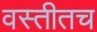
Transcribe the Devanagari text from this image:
वस्तीतच